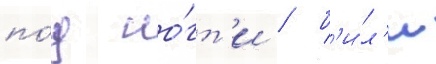
по́д но́гт'и / б'и́л'и